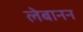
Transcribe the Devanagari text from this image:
लेबानन